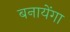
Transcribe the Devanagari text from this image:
बनायेंगा